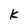
Character: k